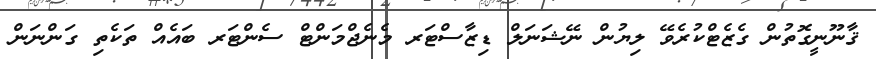
ޤާނޫނީގޮތުން ގެޒެޓްކުރެވޭ ލިޔުން ނޭޝަނަލް ޑިޒާސްޓަރ މެނެޖްމަންޓް ސެންޓަރ ބައެއް ތަކެތި ގަންނަން